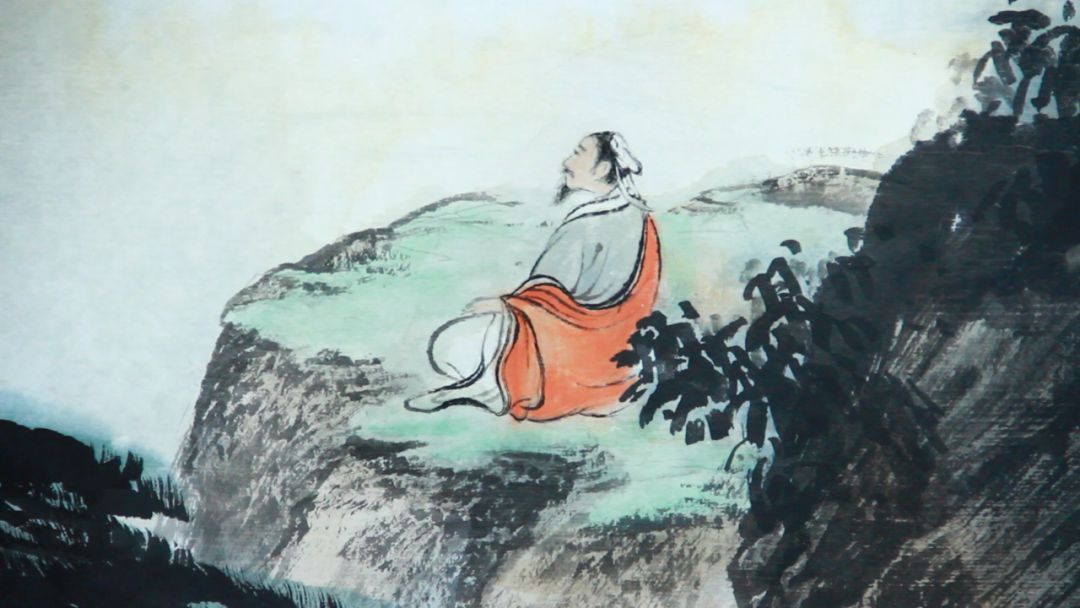
积土成山，风雨兴焉